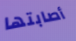
أصابتها